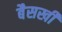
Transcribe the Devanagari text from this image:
बैसखी